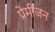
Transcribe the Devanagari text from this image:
प्रेमीजन